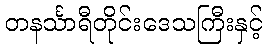
တနင်္သာရီတိုင်းဒေသကြီးနှင့်